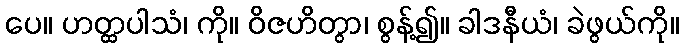
ပေ။ ဟတ္ထပါသံ၊ ကို။ ဝိဇဟိတွာ၊ စွန့်၍။ ခါဒနီယံ၊ ခဲဖွယ်ကို။